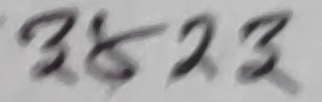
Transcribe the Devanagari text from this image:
१४२३